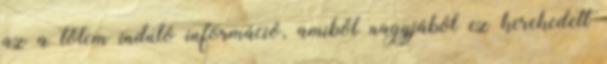
az a tőlem induló információ, amiből nagyjából ez kerekedett